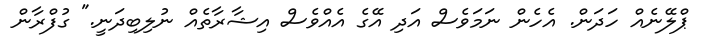
ޕްލޭނެއް ހަދަން. އެހެން ނަމަވެސް އަދި އޭގެ އެއްވެސް އިޝާރާތެއް ނުލިބިދަނީ." ގުފްރާން